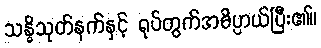
သန္ဓိသုတ်နက်နှင့် ရုပ်တွက်အဓိပ္ပာယ်ပြီး၏။